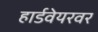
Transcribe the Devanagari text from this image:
हार्डवेयरवर